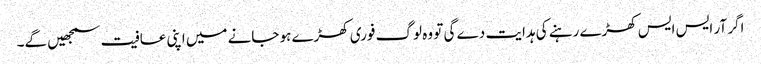
اگر آر ایس ایس کھڑے رہنے کی ہدایت دے گی تو وہ لوگ فوری کھڑے ہو جانے میں اپنی عافیت سمجھیں گے۔